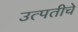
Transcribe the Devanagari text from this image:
उत्पतीचे